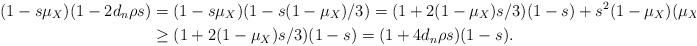
LaTeX: \begin{align*} (1-s\mu_X)(1-2d_n\rho s) &= (1-s \mu_X)(1-s(1-\mu_X)/3) = (1+2(1-\mu_X)s/3)(1-s) + s^2(1-\mu_X)(\mu_X+2)/3 \\ &\ge (1+2(1-\mu_X)s/3)(1-s) = (1+4d_n\rho s)(1-s).\end{align*}